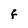
Character: F